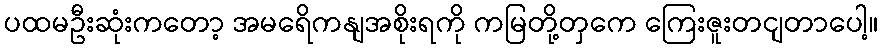
ပထမဦးဆုံးကတော့ အမရေိကနျအစိုးရကို ကမြတို့တှကေ ကြေးဇူးတငျတာပေါ့။